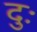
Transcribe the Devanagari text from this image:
दुः